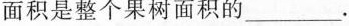
面积是整个果树面积的___.